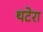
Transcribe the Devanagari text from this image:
थटेरा